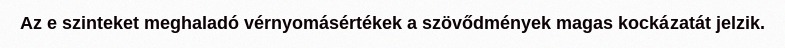
Az e szinteket meghaladó vérnyomásértékek a szövődmények magas kockázatát jelzik.